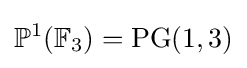
\mathbb {P} ^{1}(\mathbb {F} _{3})=\operatorname {PG} (1,3)